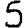
Digit: 5